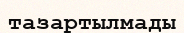
тазартылмады